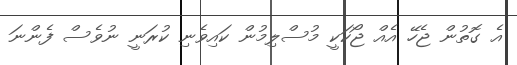
އެ ގޮތުން ޖެހޭ އެއް ޖޯކަކީ މުސްލިމުން ކައިވެނި ކުރަނީ ނުވެސް ފެންނަ